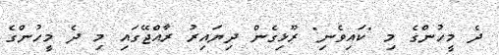
ދެ މީހުންގެ މި "ކައިވެނި" ރޫޅިގެން ދިޔައިރު ރާއްޖޭގައި މި ދެ މީހުންގެ